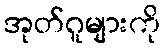
အုတ်ဂူများကို